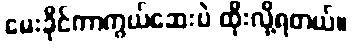
မေးခိုင်ကာကွယ်ဆေးပဲ ထိုးလို့ရတယ်။